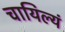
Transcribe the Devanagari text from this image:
चायिल्यं